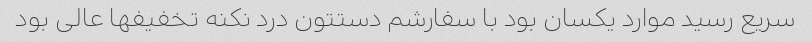
سریع رسید موارد یکسان بود با سفارشم دستتون درد نکنه تخفیفها عالی بود